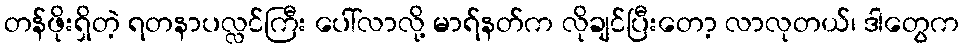
တန်ဖိုးရှိတဲ့ ရတနာပလ္လင်ကြီး ပေါ်လာလို့ မာရ်နတ်က လိုချင်ပြီးတော့ လာလုတယ်၊ ဒါတွေက